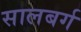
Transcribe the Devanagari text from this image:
सालबर्ग